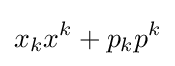
x_{k}x^{k}+p_{k}p^{k}